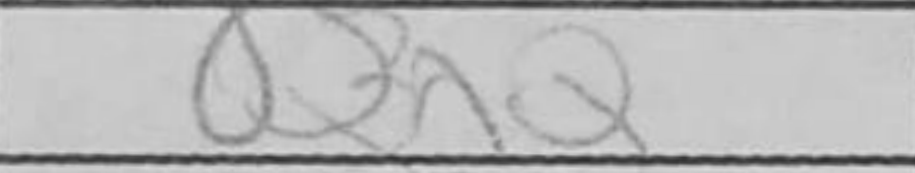
Transcription: QxQ